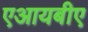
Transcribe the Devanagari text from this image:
एआयबीए